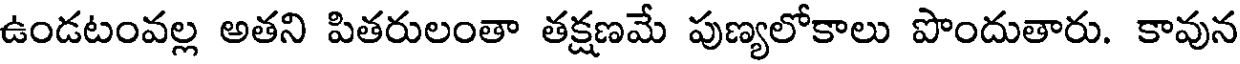
ఉండటంవల్ల అతని పితరులంతా తక్షణమే పుణ్యలోకాలు పొందుతారు. కావున